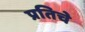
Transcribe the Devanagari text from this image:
प्रतिचे